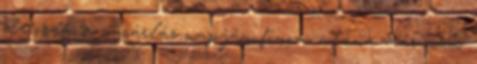
de csak a vásárlás napján finom, utána már nem.